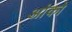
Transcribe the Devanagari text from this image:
आंको